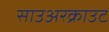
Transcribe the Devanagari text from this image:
साउअरक्राउट